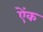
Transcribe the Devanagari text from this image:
ऐंक